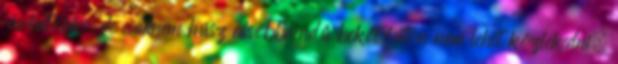
járhatóak, de csaknem húsz alsóbbrendű bekötőúton nem lehet közlekedni.